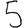
Digit: 5